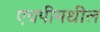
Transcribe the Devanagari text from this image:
एचपीमधील